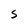
Character: S